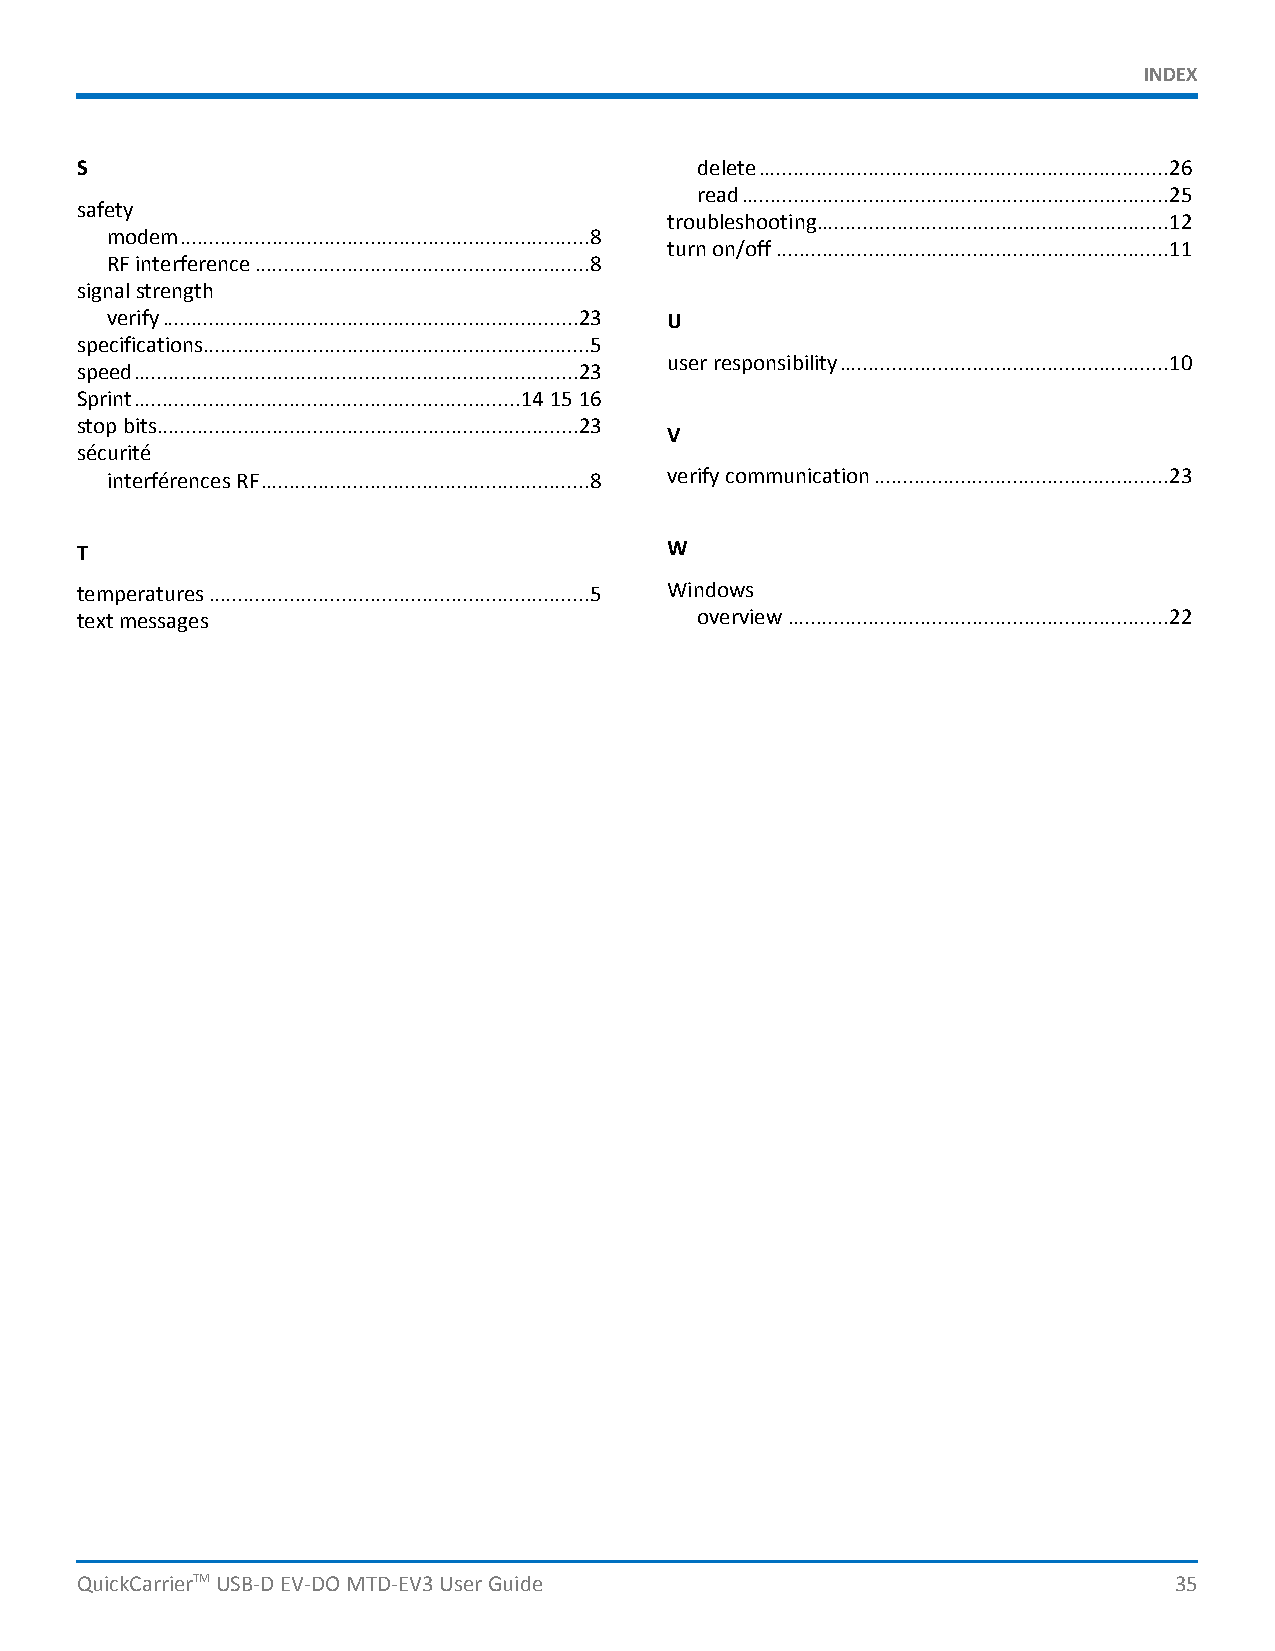
INDEX
 S                                        delete.......................................................................26
 read..........................................................................25
 safety
 troubleshooting.............................................................12
 modem.......................................................................8
 turnon/off....................................................................11
 RFinterference..........................................................8
 signalstrength
 verify........................................................................23 U
 specifications...................................................................5
 userresponsibility.........................................................10
 speed.............................................................................23
 Sprint...................................................................141516
 stopbits.........................................................................23
 V
 sécurité
 interférencesRF.........................................................8 verifycommunication...................................................23
 T                                      W
 temperatures..................................................................5 Windows
 textmessages                             overview..................................................................22
 QuickCarrierTMUSB-DEV-DOMTD-EV3UserGuide                                 35